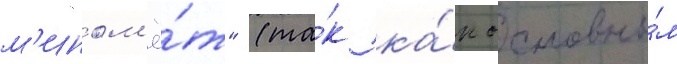
м'ином'ё́т" (та́к ка́к основны́м